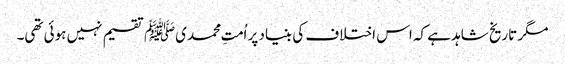
مگر تاریخ شاہد ہے کہ اس اختلاف کی بنیاد پر اُمتِ محمدیﷺ تقسیم نہیں ہوئی تھی۔